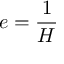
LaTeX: e = { \frac { 1 } { H } }